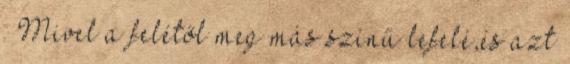
. Mivel a felétől meg más színű lefelé,és azt